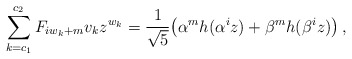
\begin{align*}\sum_{k = c_1 }^{c_2 } {F_{iw_k + m} v_kz^{w_k} } = \frac{1}{\sqrt5}\big(\alpha^m h(\alpha ^i z) + \beta^m h(\beta ^i z)\big)\,,\end{align*}